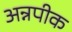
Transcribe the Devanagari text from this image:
अन्नपीक